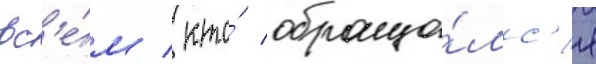
вс'е́м / кто́ обраща́лс'я